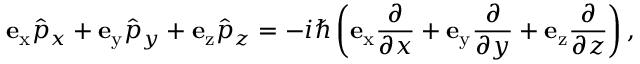
\mathbf { e } _ { \mathrm { x } } { \hat { p } } _ { x } + \mathbf { e } _ { \mathrm { y } } { \hat { p } } _ { y } + \mathbf { e } _ { \mathrm { z } } { \hat { p } } _ { z } = - i \hbar \left( \mathbf { e } _ { \mathrm { x } } { \frac { \partial } { \partial x } } + \mathbf { e } _ { \mathrm { y } } { \frac { \partial } { \partial y } } + \mathbf { e } _ { \mathrm { z } } { \frac { \partial } { \partial z } } \right) ,